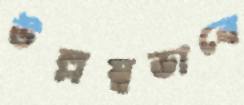
উল্লম্বভাবে